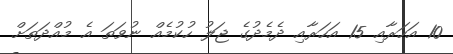
10 އަހަރާއި 15 އަހަރާއި ދެމެދުގެ ޖަލު ހުކުމެއް ނުވަތަ އެ މުއްދަތަށް